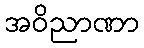
အဝိညာဏာ